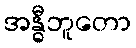
အန္ဓီဘူတော